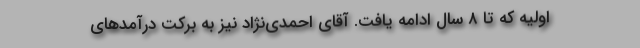
اولیه که تا ۸ سال ادامه یافت. آقای احمدی‌نژاد نیز به برکت درآمدهای